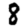
Digit: 8